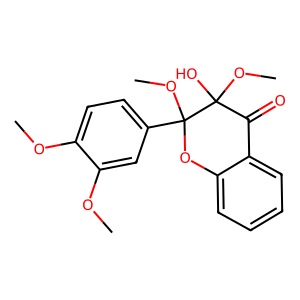
SMILES: COc1ccc(C2(OC)Oc3ccccc3C(=O)C2(O)OC)cc1OC
Inhibits HIV replication: No